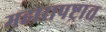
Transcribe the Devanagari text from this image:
महारापष्ट्रात